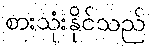
စားသုံးနိုင်သည်